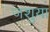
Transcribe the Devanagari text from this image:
जशुया